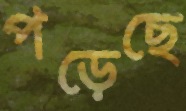
পড়েছে